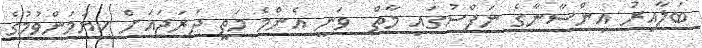
ބަލާއިރު އިންސާނާގެ ނަފްސުގައި މާތް  ވަނީ އެންމެ މަތީ ދަރަޖައަށް ކިޔަމަންވުމުގެ